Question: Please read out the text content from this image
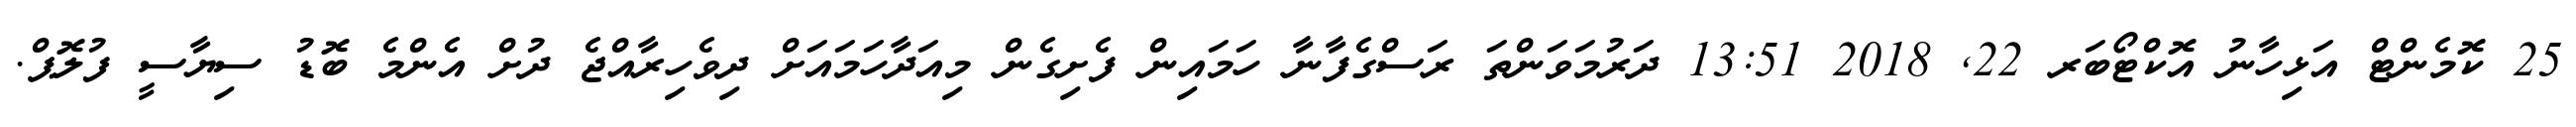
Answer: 25 ކޮމެންޓް އަޅިހާނު އޮކްޓޯބަރ 22, 2018 13:51 ދަރުމަވަންތަ ރަސްގެފާނާ ހަމައިން ފެށިގެން މިއަދާހަމައަށް ދިވެހިރާއްޖެ ދުށް އެންމެ ބޮޑު ސިޔާސީ ފުލޮޕް.